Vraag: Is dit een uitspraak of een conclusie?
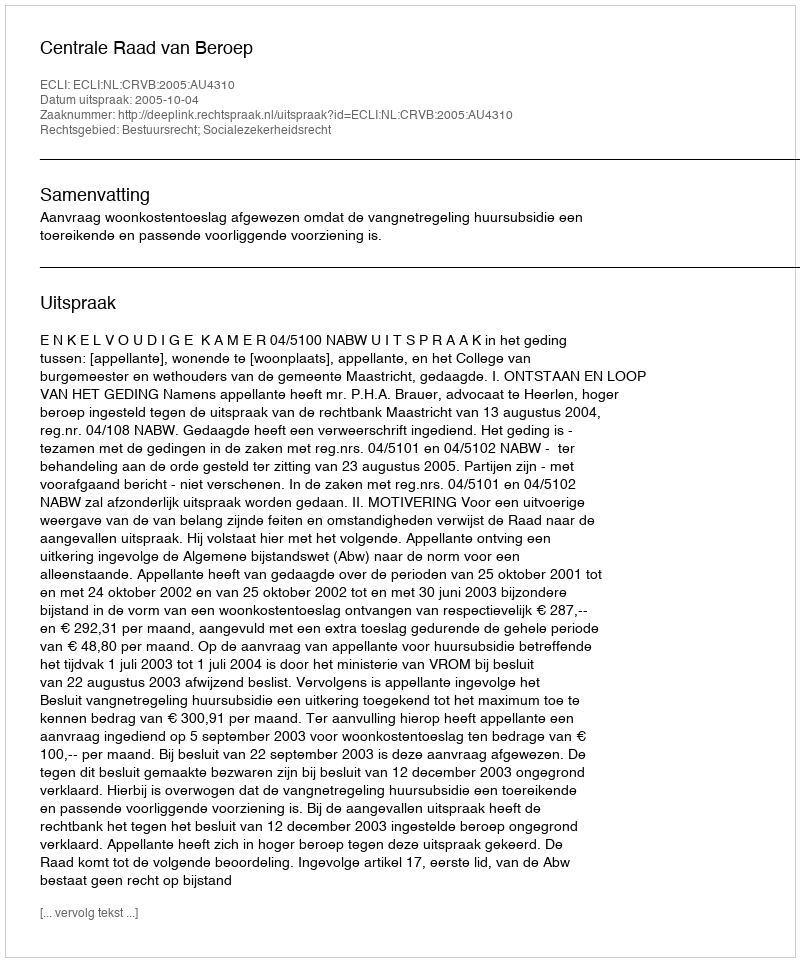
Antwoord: Uitspraak